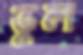
ভুল